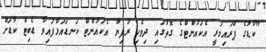
"ކާޑުގެ ޕްރައިމަރީ އެކައުންޓްގެ ގޮތުގައި ދިވެހި ރުފިޔާ އެކައުންޓް ކަނޑައަޅާފައިވާ ޑެބިޓް ކާޑަށް